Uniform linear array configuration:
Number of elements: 16
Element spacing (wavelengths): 0.5
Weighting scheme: blackman
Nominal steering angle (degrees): -45
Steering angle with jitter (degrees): -43.605
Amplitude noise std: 0.05
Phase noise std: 0.05

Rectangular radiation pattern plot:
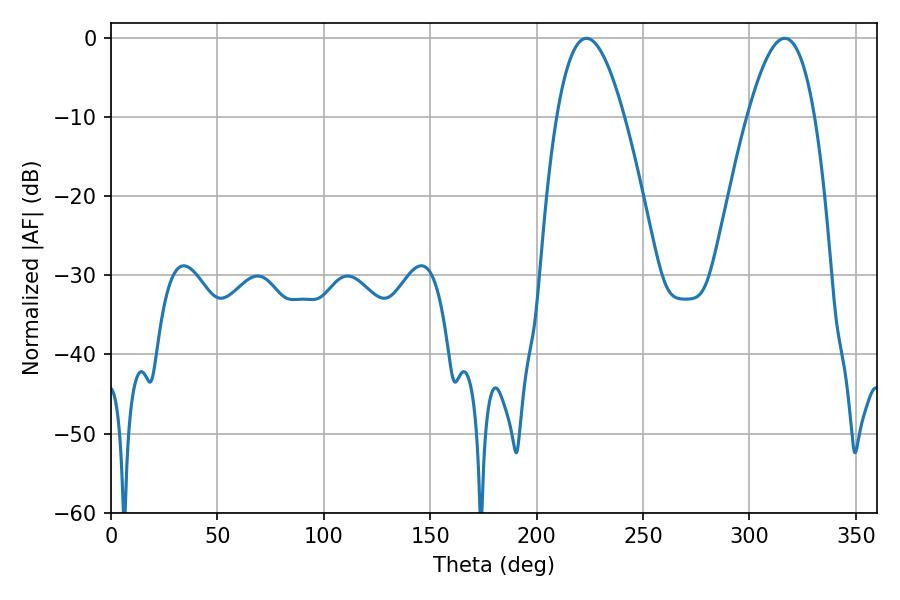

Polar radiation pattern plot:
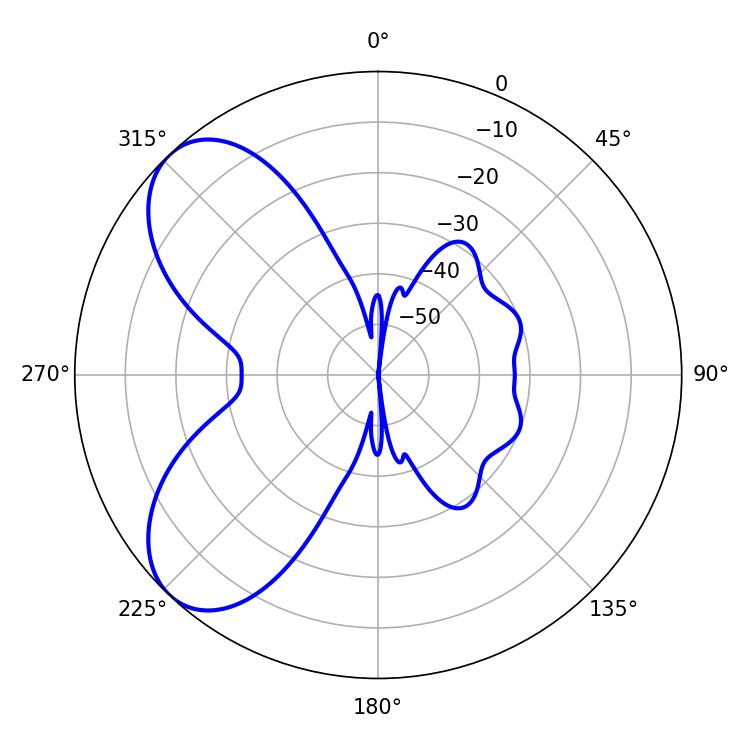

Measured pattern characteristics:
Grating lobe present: FALSE
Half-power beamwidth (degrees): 17.28
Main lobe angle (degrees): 223.38